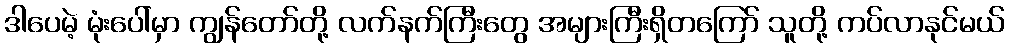
ဒါပေမဲ့ မုံးပေါ်မှာ ကျွန်တော်တို့ လက်နက်ကြီးတွေ အများကြီးရှိတကြော် သူတို့ ကပ်လာနုင်မယ်